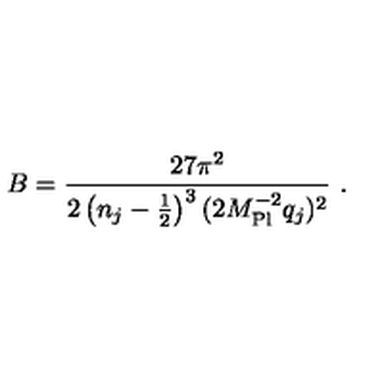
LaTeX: B = \frac { 2 7 \pi ^ { 2 } } { 2 \left( n _ { j } - \frac { 1 } { 2 } \right) ^ { 3 } ( 2 M _ { \mathrm { P l } } ^ { - 2 } q _ { j } ) ^ { 2 } } \ .